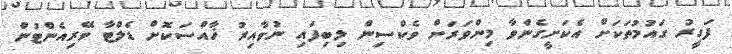
ފަގީރު ގައުމުތަކަށް އެކަށީގެންވާ މިންވަރަށް ވެކްސިން ލިބިފައި ނުވާއިރު ޚާއްސަކޮށް ޑެލްޓާ ވޭރިއެންޓުން